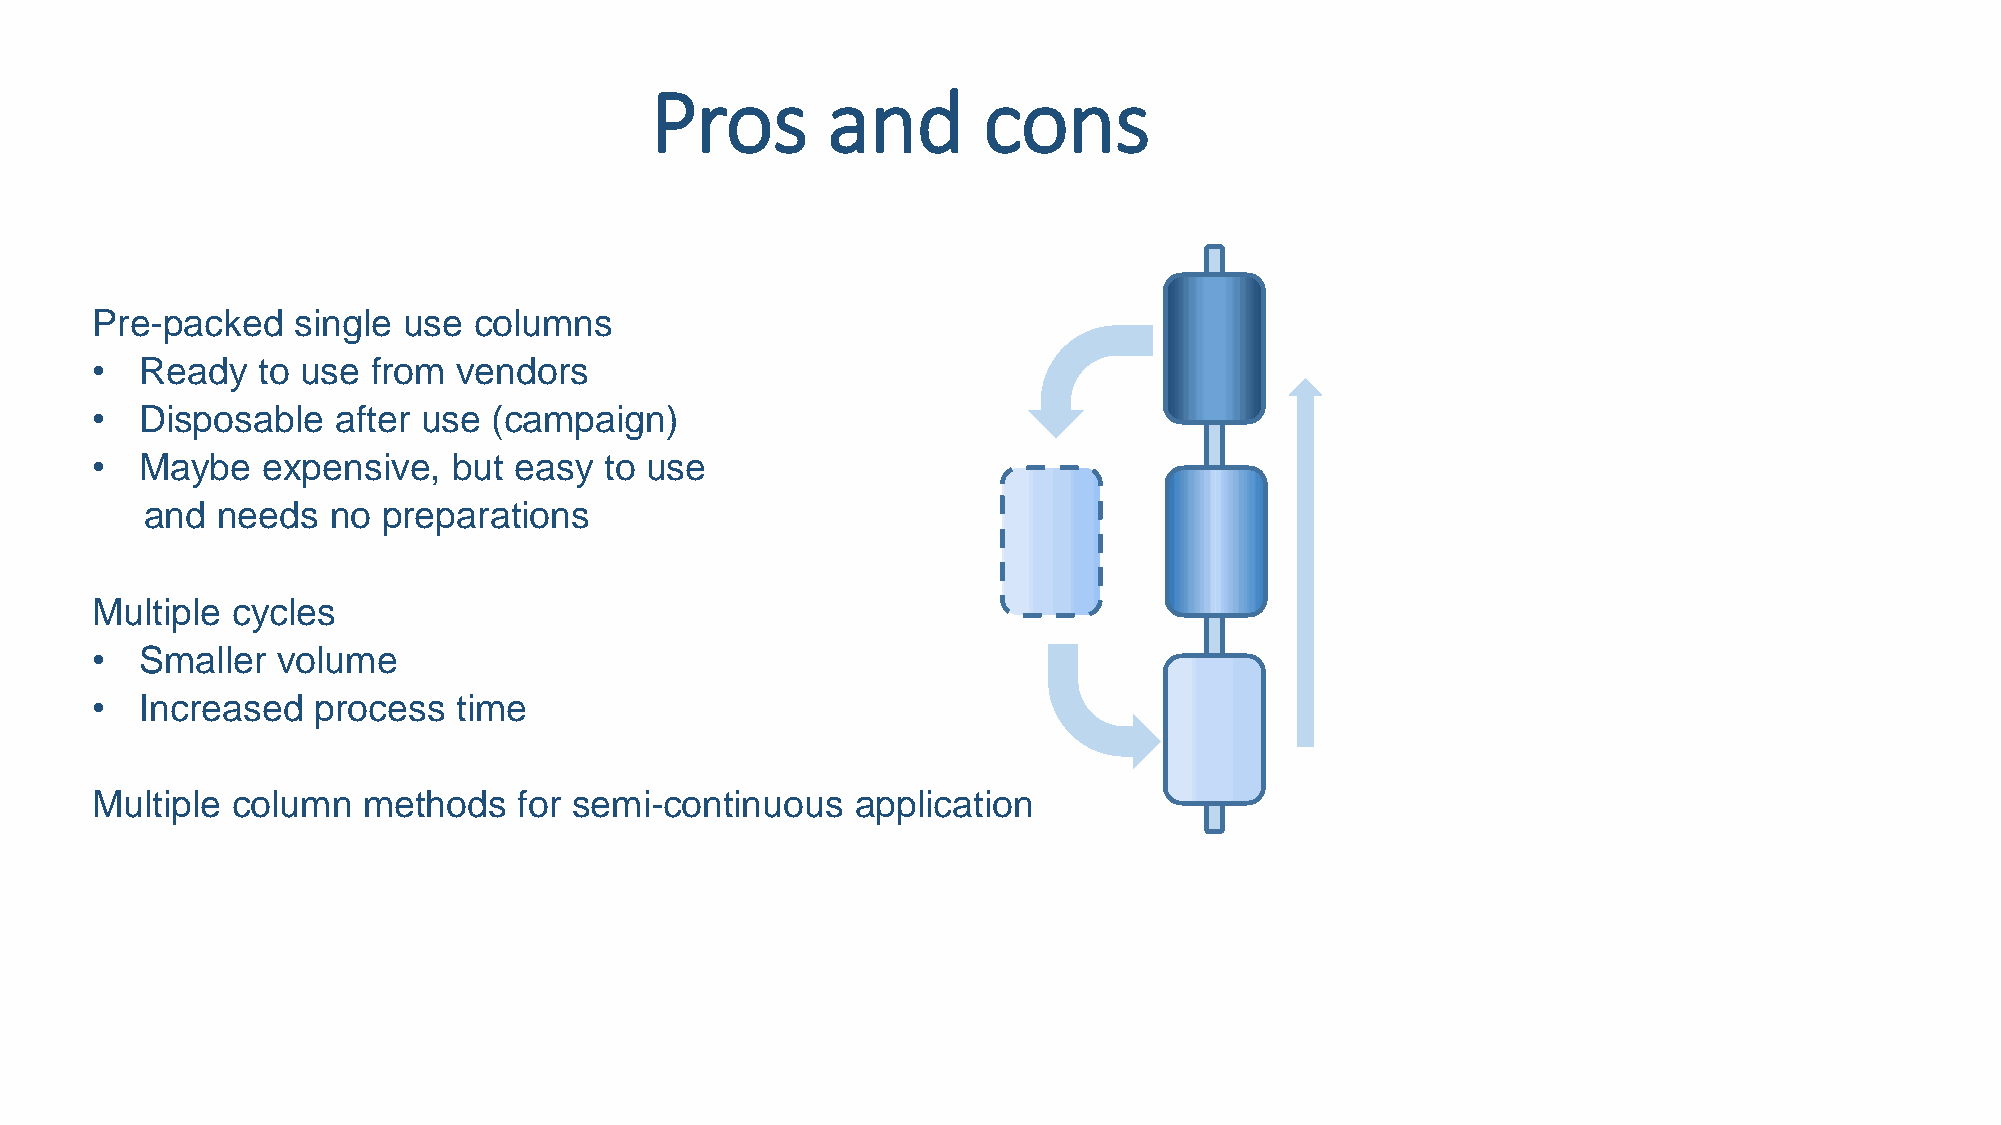
Pros        and       cons
 Pre-packed   single  use columns
 •  Ready   to use  from vendors
 •  Disposable   after use  (campaign)
 •  Maybe   expensive,   but easy  to use
 and needs   no preparations
 Multiple cycles
 •  Smaller  volume
 •  Increased   process  time
 Multiple column   methods   for semi-continuous    application